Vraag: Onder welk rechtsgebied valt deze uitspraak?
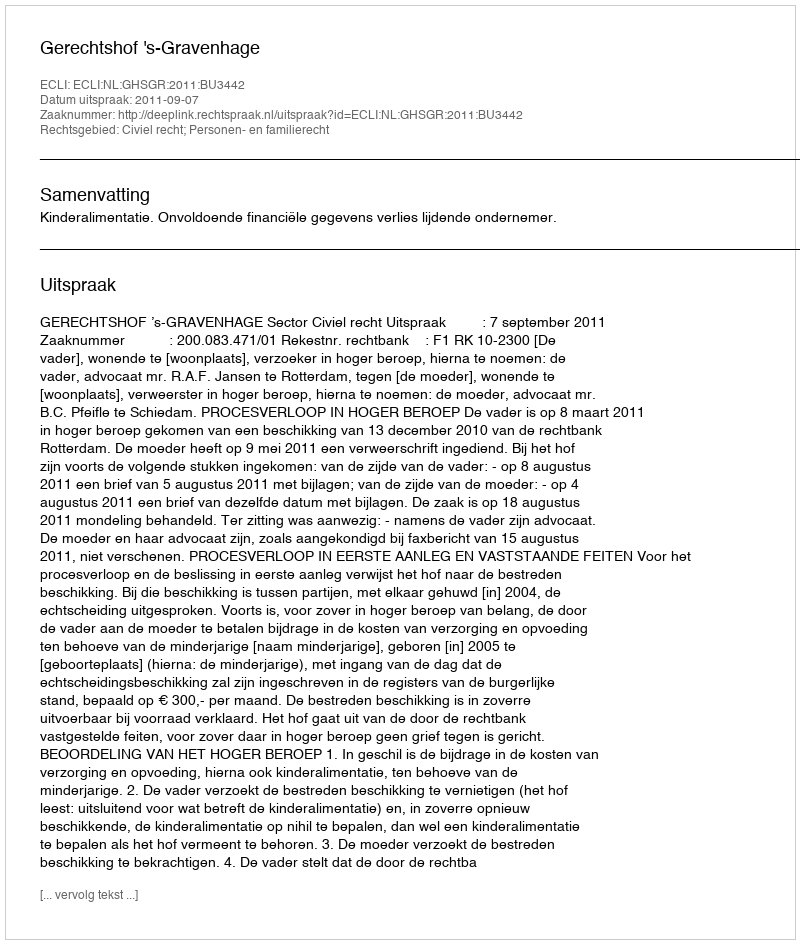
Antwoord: Civiel recht; Personen- en familierecht